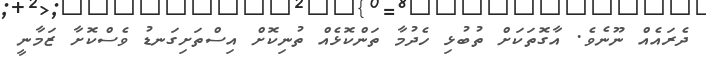
ދެރައެއް ނޫނެވެ. އާގޮތަކަށް ތުބުޅި ހެދުމާ ތަންކޮޅެއް ތުނިކޮށް އިސްތަށިގަނޑު ވެސްކޮށާ ޒަމާނީ